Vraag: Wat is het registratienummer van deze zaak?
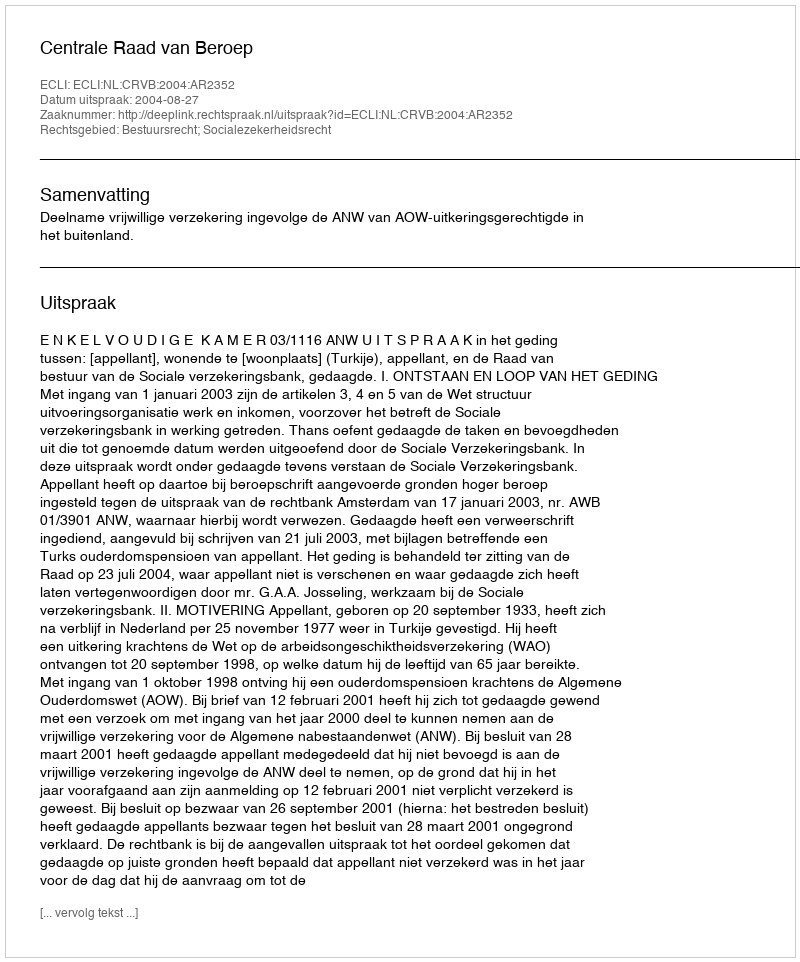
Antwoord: http://deeplink.rechtspraak.nl/uitspraak?id=ECLI:NL:CRVB:2004:AR2352